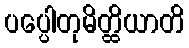
ပပ္ပေါတုမိတ္ထိယာတိ